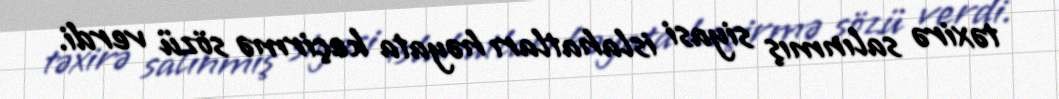
təxirə salınmış siyasi islahatları həyata keçirmə sözü verdi.